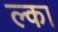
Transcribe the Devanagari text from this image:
ल्का